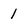
Character: 1